Lunatic asylums Bombay report 1878-1890 - 1878-1890
Year: 1878
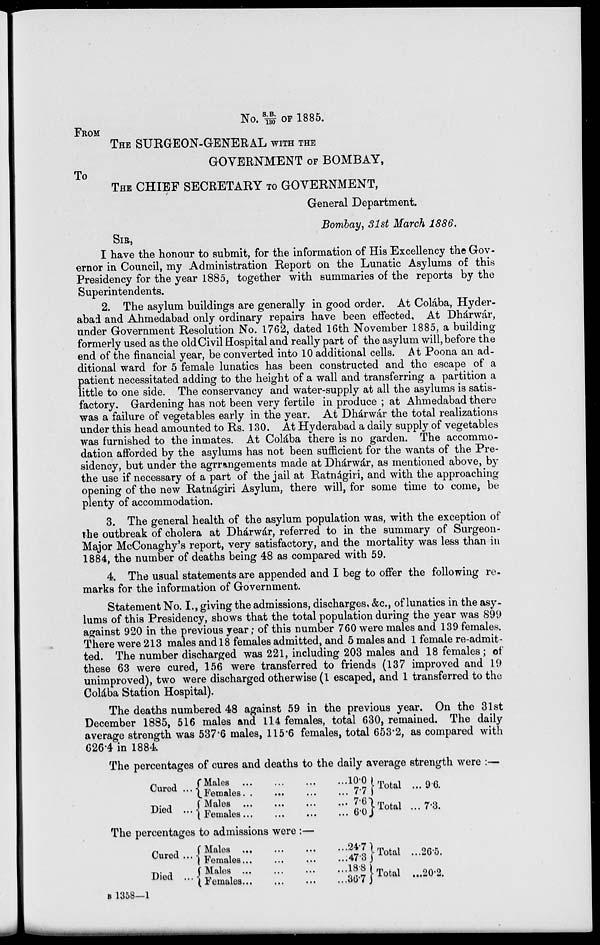
No. S.B./130 OF 1885.
FROM
THE SURGEON-GENERAL WITH THE
GOVERNMENT OF BOMBAY,
To
THE CHIEF SECRETARY TO GOVERNMENT,
General Department.
Bombay, 31st March 1886.
SIR,
I have the honour to submit, for the information of His Excellency the Gov-
ernor in Council, my Administration Report on the Lunatic Asylums of this
Presidency for the year 1885, together with summaries of the reports by the
Superintendents.
2. The asylum buildings are generally in good order. At Colába, Hyder-
abad and Ahmedabad only ordinary repairs have been effected. At Dhárwár,
under Government Resolution No. 1762, dated 16th November 1885, a building
formerly used as the old Civil Hospital and really part of the asylum will, before the
end of the financial year, be converted into 10 additional cells. At Poona an ad-
ditional ward for 5 female lunatics has been constructed and the escape of a
patient necessitated adding to the height of a wall and transferring a partition a
little to one side. The conservancy and water-supply at all the asylums is satis-
factory. Gardening has not been very fertile in produce ; at Ahmedabad there
was a failure of vegetables early in the year. At Dhárwár the total realizations
under this head amounted to Rs. 130. At Hyderabad a daily supply of vegetables
was furnished to the inmates. At Colába there is no garden. The accommo-
dation afforded by the asylums has not been sufficient for the wants of the Pre-
sidency, but under the agrrangements made at Dhárwár, as mentioned above, by
the use if necessary of a part of the jail at Ratnágiri, and with the approaching
opening of the new Ratnágiri Asylum, there will, for some time to come, be
plenty of accommodation.
3. The general health of the asylum population was, with the exception of
the outbreak of cholera at Dhárwár, referred to in the summary of Surgeon-
Major McConaghy's report, very satisfactory, and the mortality was less than in
1884, the number of deaths being 48 as compared with 59.
4. The usual statements are appended and I beg to offer the following re-
marks for the information of Government.
Statement No. I., giving the admissions, discharges, &c., of lunatics in the asy-
lums of this Presidency, shows that the total population during the year was 899
against 920 in the previous year; of this number 760 were males and 139 females.
There were 213 males and 18 females admitted, and 5 males and 1 female re-admit-
ted. The number discharged was 221, including 203 males and 18 females; of
these 63 were cured, 156 were transferred to friends (137 improved and 19
unimproved), two were discharged otherwise (1 escaped, and 1 transferred to the
Colába Station Hospital).
The deaths numbered 48 against 59 in the previous year. On the 31st
December 1885, 516 males and 114 females, total 630, remained. The daily
average strength was 537.6 males, 115.6 females, total 653.2, as compared with
626.4 in 1884.
The percentages of cures and deaths to the daily average strength were :—
Cured ...
Died ...
Males ... ... ... ...
Females ... ... ... ...
Males ... ... ... ...
Females ... ... ... ...
10.0
7.7
7.6
6.0
Total ...
Total ...
9.6.
7.3.
The percentages to admissions were :—
Cured ...
Died ...
Males ... ... ... ...
Females ... ... ... ...
Males ... ... ... ...
Females
...
...
...
...
24.7
47.3
18.8
36.7
Total ...
Total ...
Total
26.5.
20.2.
B 1358—1